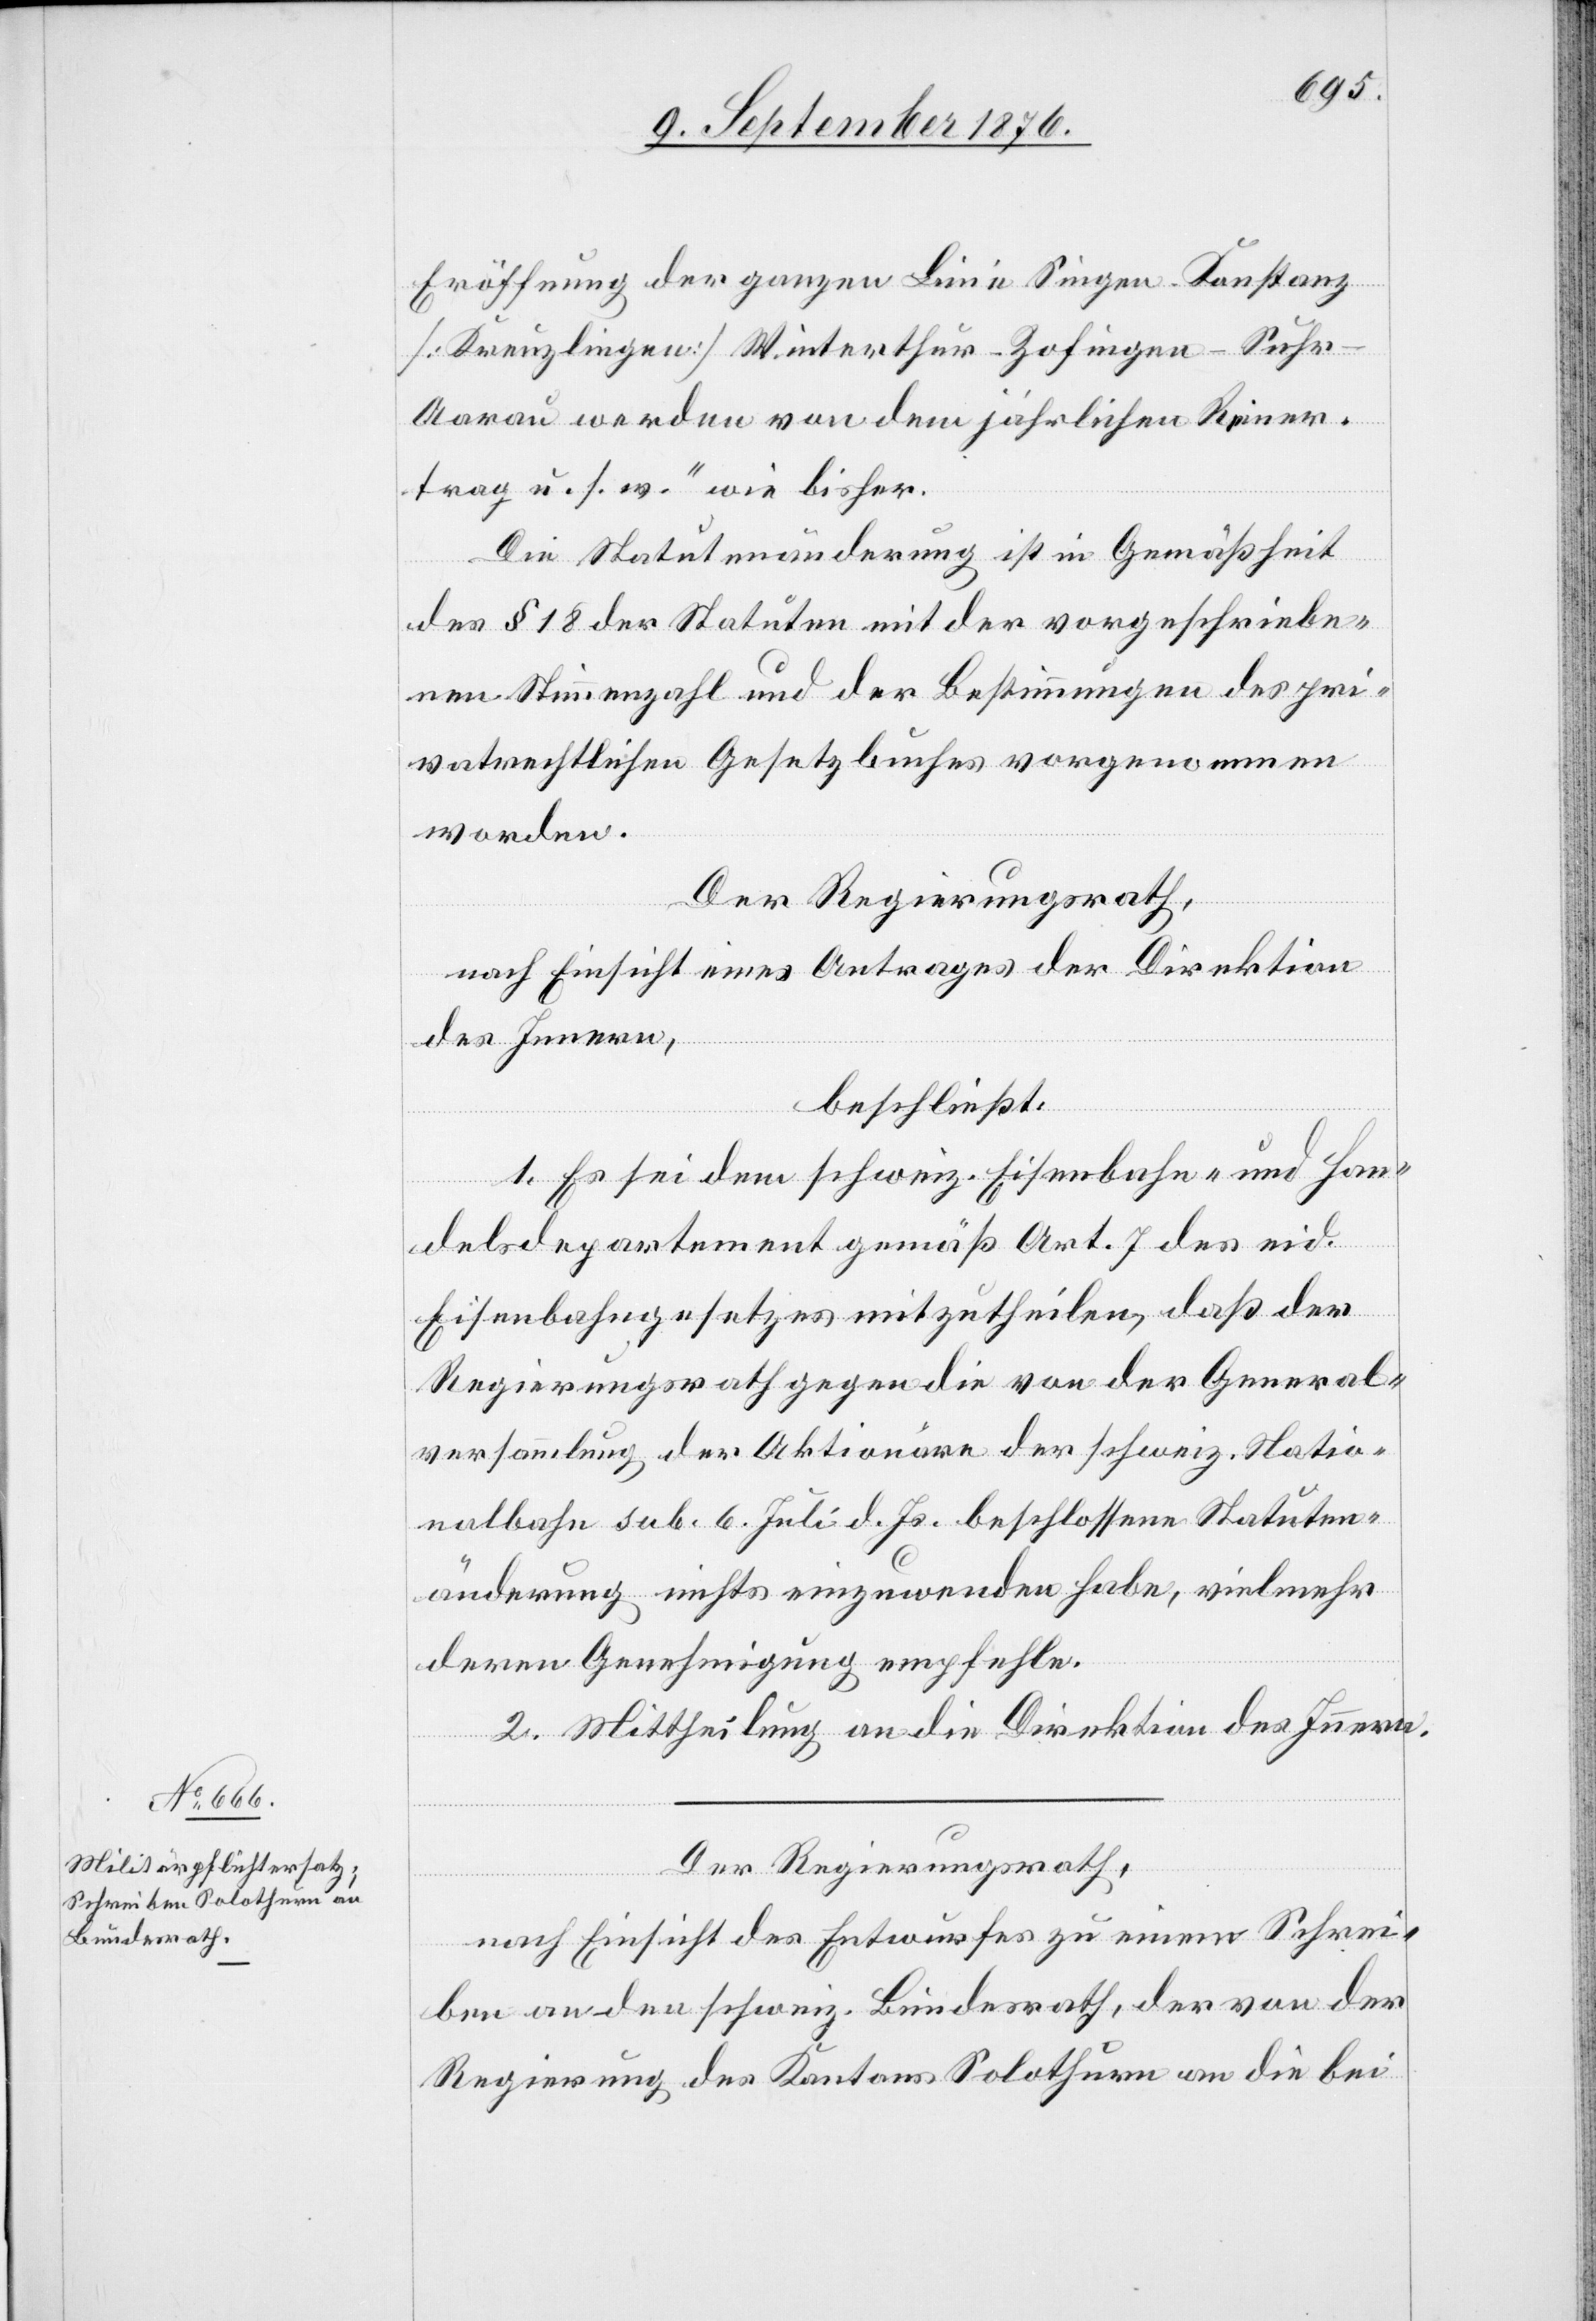
Eröffnung der ganzen Linie Singen–Konstanz
[Kreuzlingen] Winterthur–Zofingen–Suh¬
r–Aarau werden von dem jährlichen Reiner¬
trag u. s. w.“ wie bisher.
Die Statutenänderung ist in Gemäßheit
des § 18 der Statuten mit der vorgeschriebe¬
nen Stimmzahl und der Bestimmung des pri¬
vatrechtlichen Gesetzbuches vorgenommen
worden.
Der Regierungsrath,
nach Einsicht eines Antrages der Direktion
des Innern,
beschließt:
1. Es sei dem schweiz. Eisenbahn- und Han¬
delsdepartement gemäß Art. 7 des eid.
Eisenbahngesetzes mitzutheilen, daß der
Regierungsrath gegen die von der General¬
versammlung der Aktionäre der schweiz. Natio¬
nalbahn sub. 6. Juli d. Js. beschlossenen Statuten¬
änderung nichts einzuwenden habe habe, vielmehr
deren Genehmigung empfehle.
2. Mittheilung an die Direktion des Innern.
Der Regierungsrath,
nach Einsicht eines Entwurfes zu einem Schrei¬
ben an den schweiz. Bundesrath, der von der
Regierung des Kantons Solothurn an die bei